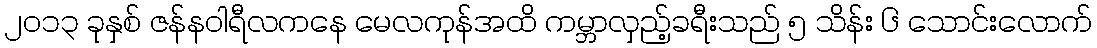
၂၀၁၃ ခုနှစ် ဇန်နဝါရီလကနေ မေလကုန်အထိ ကမ္ဘာလှည့်ခရီးသည် ၅ သိန်း ၆ သောင်းလောက်